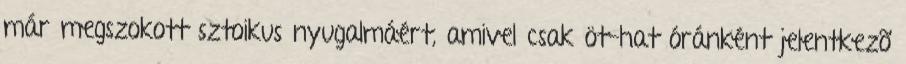
már megszokott sztoikus nyugalmáért, amivel csak öt-hat óránként jelentkezõ